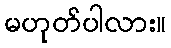
မဟုတ်ပါလား။